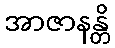
အာဇာနန္တိ